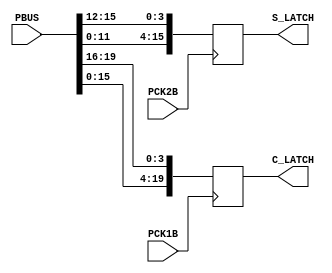
// This program was cloned from: https://github.com/neogeodev/NeoGeoFPGA-sim
// License: GNU General Public License v3.0

`timescale 1ns/1ns

module neo_273(
	input [19:0] PBUS,
	input PCK1B,
	input PCK2B,
	output reg [19:0] C_LATCH,
	output reg [15:0] S_LATCH
);
	
	always @(posedge PCK1B)
	begin
		C_LATCH <= {PBUS[15:0], PBUS[19:16]};
	end
	
	always @(posedge PCK2B)
	begin
		S_LATCH <= {PBUS[11:0], PBUS[15:12]};
	end

endmodule